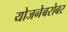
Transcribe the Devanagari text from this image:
योजनेबरोबर